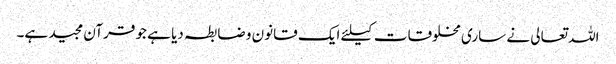
اللہ تعالی نے ساری مخلوقات کیلئے ایک قانون و ضابطہ دیا ہے جو قرآن مجید ہے۔